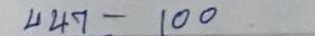
447 - 100